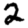
Digit: 2